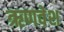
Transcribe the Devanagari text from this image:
ऋणवेश